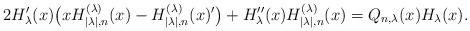
LaTeX: \begin{align*}2H_{\lambda}'(x)\big(xH_{|\lambda|,n}^{(\lambda)}(x)-H_{|\lambda|,n}^{(\lambda)}(x)'\big) +H_{\lambda}''(x)H_{|\lambda|,n}^{(\lambda)}(x)=Q_{n,\lambda}(x)H_{\lambda}(x).\end{align*}